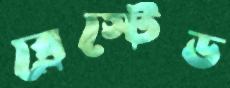
ব্রেস্টেড